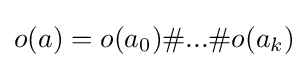
o(a)=o(a_{0})\#...\#o(a_{k})